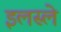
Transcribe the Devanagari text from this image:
इलस्ले